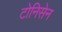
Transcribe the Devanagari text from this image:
टोनिसेन